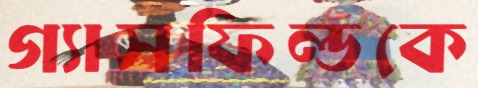
গ্যাসফিল্ডকে